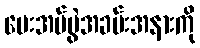
ပေးအပ်ပွဲအခမ်းအနားကို